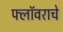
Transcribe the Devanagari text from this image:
फ्लॉवराचे